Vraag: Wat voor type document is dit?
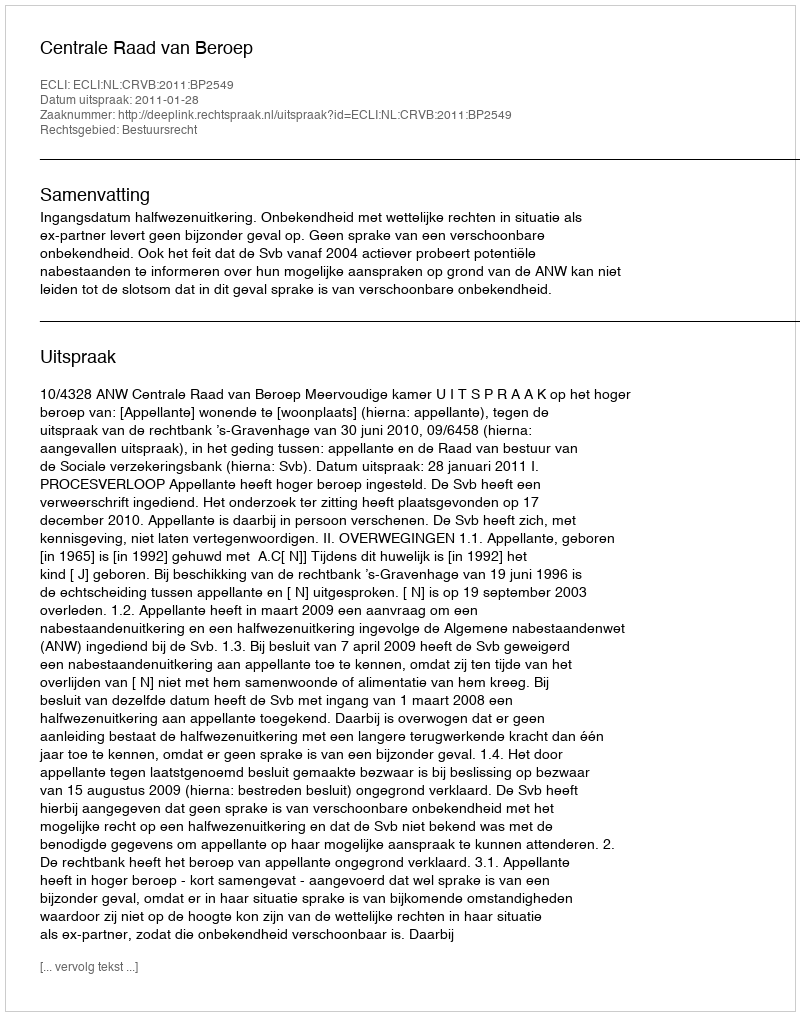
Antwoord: Uitspraak